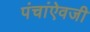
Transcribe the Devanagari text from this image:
पंचांऐवजी